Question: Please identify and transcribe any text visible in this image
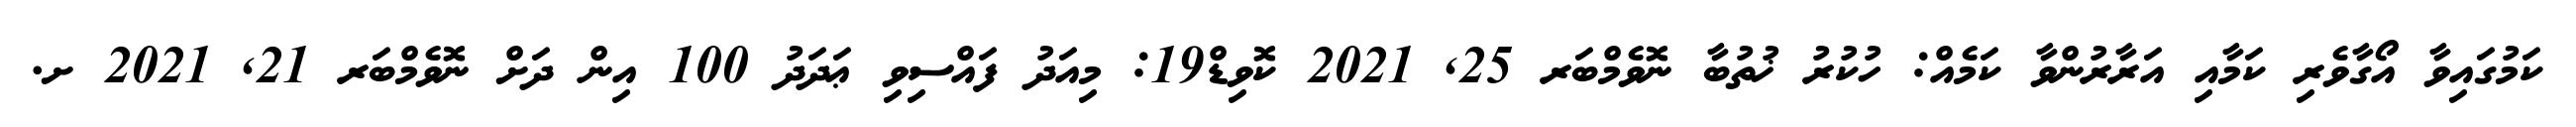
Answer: ކަމުގައިވާ އޯގާވެރި ކަމާއި އަރާރުންވާ ކަމެއް: ހުކުރު ޚުތުބާ ނޮވެމްބަރ 25, 2021 ކޮވިޑް19: މިއަދު ފައްސިވި ޢަދަދު 100 އިން ދަށް ނޮވެމްބަރ 21, 2021 ށ.